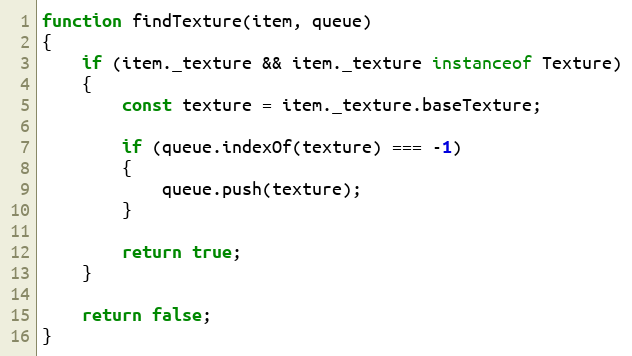
Language: JavaScript
function findTexture(item, queue)
{
    if (item._texture && item._texture instanceof Texture)
    {
        const texture = item._texture.baseTexture;

        if (queue.indexOf(texture) === -1)
        {
            queue.push(texture);
        }

        return true;
    }

    return false;
}